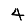
Digit: 4